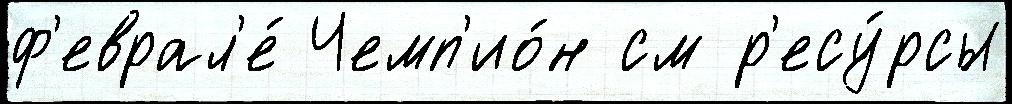
ф'еврал'е́ Чемп'ио́н см р'есу́рсы